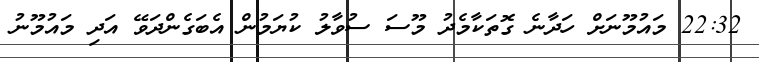
22:32 މައުމޫނަށް ހަދާނެ ގޮތަކާމެދު މޫސަ ސުވާލު ކުޔަމުން އެބަގެންދަވޭ އަދި މައުމޫނު